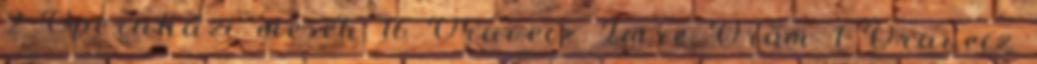
2 Operaházi mesék 16 Oravecz Imre Öröm 1 Oravecz